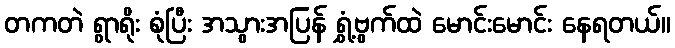
တကတဲ ရွာရိုး စုံပြီး အသွားအပြန် ရွှံ့ဗွက်ထဲ မောင်းမောင်း နေရတယ်။